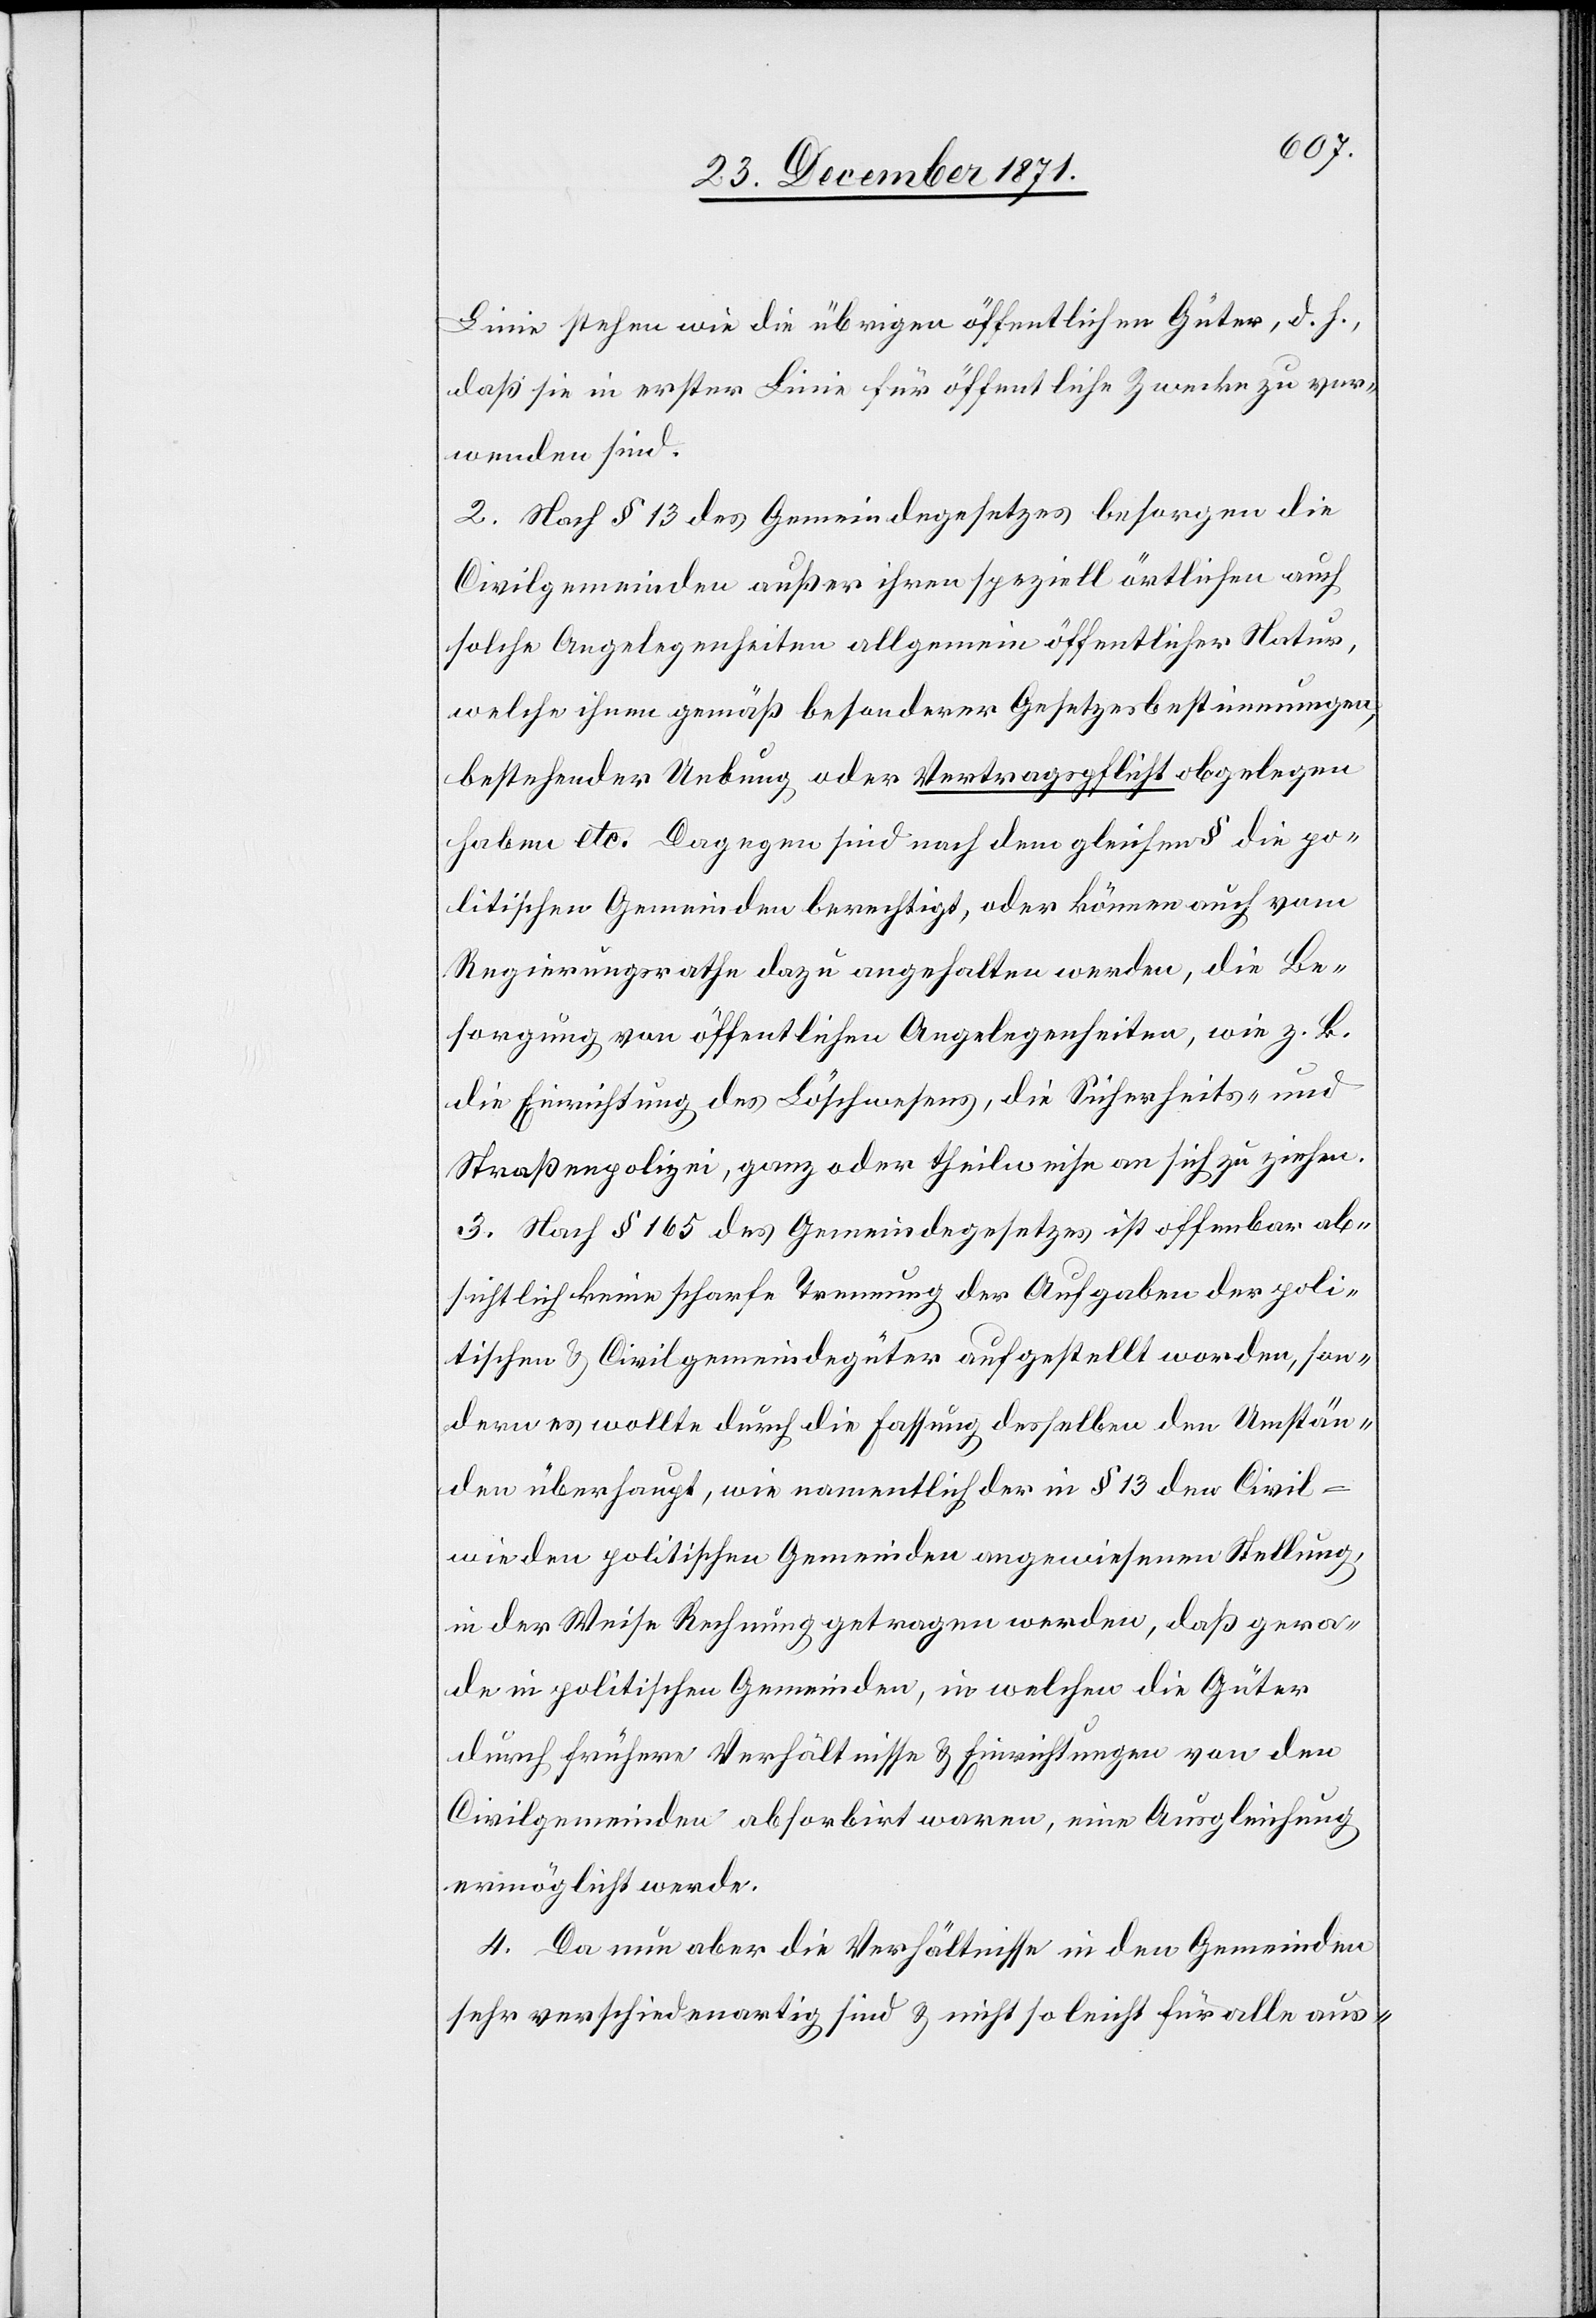
Linie stehen wie die übrigen öffentlichen Güter, d. h.,
daß sie in erster Linie für öffentliche Zwecke zu ver¬
wenden sind.
2. Nach § 13 des Gemeindegesetzes besorgen die
Civilgemeinden außer ihren speziell örtlichen auch
solche Angelegenheiten allgemein öffentlicher Natur,
welche ihnen gemäß besonderer Gesetzesbestimmungen,
bestehender Uebung oder Vertragspflicht obgelegen
haben etc. Dagegen sind nach dem gleichen § die po¬
litischen Gemeinden berechtigt, oder können auch vom
Regierungsrathe dazu angehalten werden, die Be¬
sorgung von öffentlichen Angelegenheiten, wie z. B.
die Einrichtung des Löschwesens, die Sicherheits- und
Straßenpolizei, ganz oder theilweise an sich zu ziehen.
3. Nach § 165 des Gemeindegesetzes ist offenbar ab¬
sichtlich keine scharfe Trennung der Aufgaben der poli¬
tischen & Civilgemeindegüter aufgestellt worden, son¬
dern es wollte durch die Fassung desselben den Umstän¬
den überhaupt, wie namentlich der in § 13 der Civilg¬
emeinden politischen Gemeinden angewiesenen Stellung,
in der Weise Rechnung getragen werden, daß gera¬
de in politischen Gemeinden, in welchen die Güter
durch frühere Verhältnisse & Einrichtungen von den
Civilgemeinden absorbirt waren, eine Ausgleichung
ermöglicht werde.
4. Da nun aber die Verhältnisse in den Gemeinden
sehr verschiedenartig sind & nicht so leicht für alle aus-